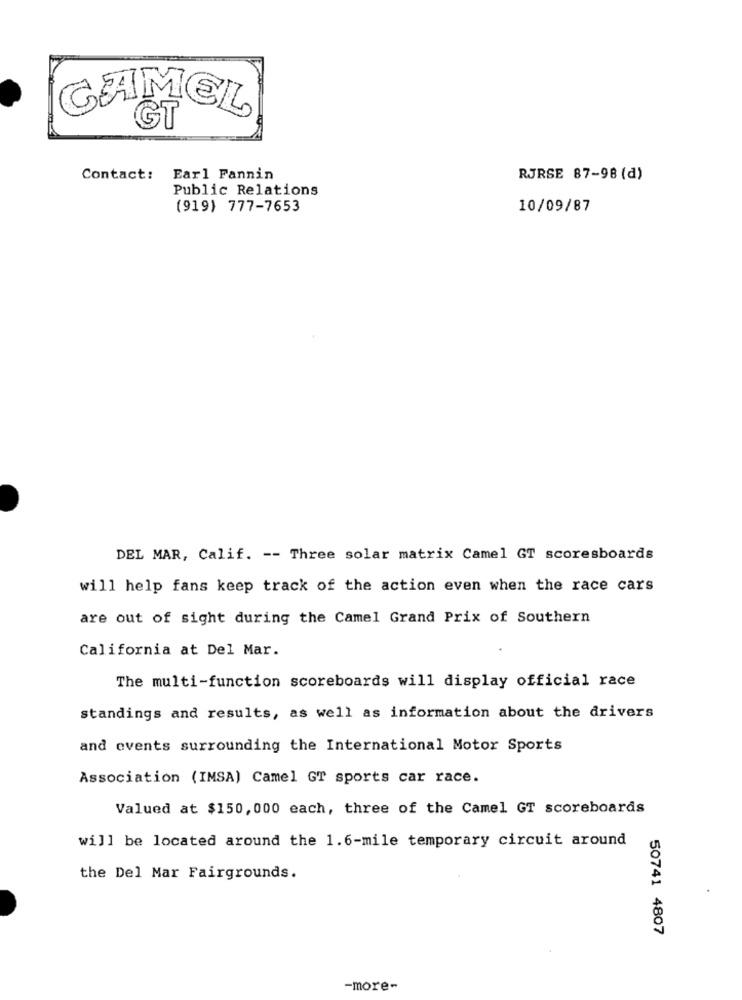
CAMEL
ĞT
Contact:
Earl Fannin
RJRSE 87-98 (d)
Public Relations
(919) 777-7653
10/09/87
DEL MAR, Calif. -- Three solar matrix Camel GT scoresboards
will help fans keep track of the action even when the race cars
are out of sight during the Camel Grand Prix of Southern
California at Del Mar.
The multi-function scoreboards will display official race
standings and results, as well as information about the drivers
and events surrounding the International Motor Sports
Association (IMSA) Camel GT sports car race.
Valued at $150, 000 each, three of the Camel GT scoreboards
will be located around the 1.6-mile temporary circuit around
the Del Mar Fairgrounds.
50741 4807
-more-